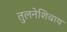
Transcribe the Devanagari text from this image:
तुलनेशिवाय